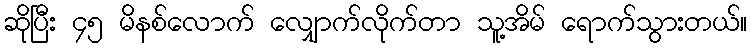
ဆိုပြီး ၄၅ မိနစ်လောက် လျှောက်လိုက်တာ သူ့အိမ် ရောက်သွားတယ်။